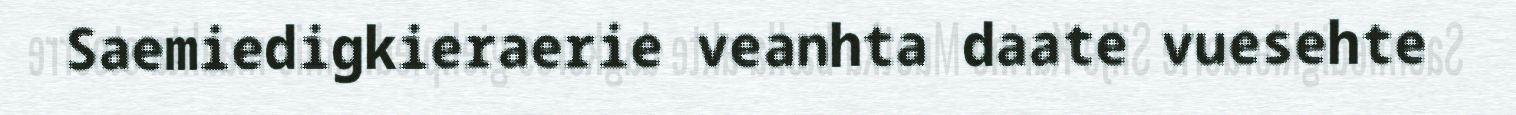
Saemiedigkieraerie veanhta daate vuesehte